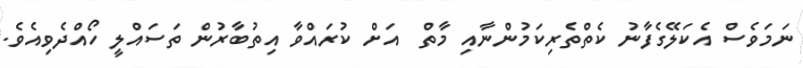
ނަމަވެސް އެކަލޭގެފާނު ކެތްތެރިކަމުންނާއި މާތް  އަށް ކުރައްވާ އިތުބާރުން ތަސައްލީ ހޯއްދެވިއެވެ.